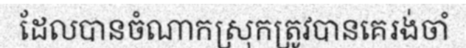
ដែលបានចំណាកស្រុកត្រូវបានគេរង់ចាំ